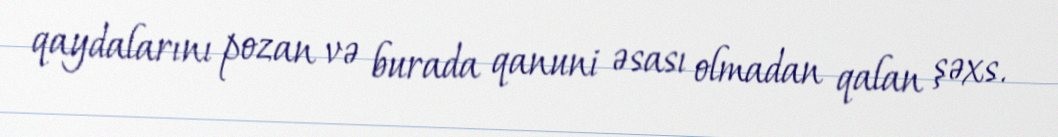
qaydalarını pozan və burada qanuni əsası olmadan qalan şəxs.